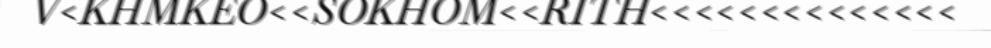
V<KHMKEO<<SOKHOM<<RITH<<<<<<<<<<<<<<